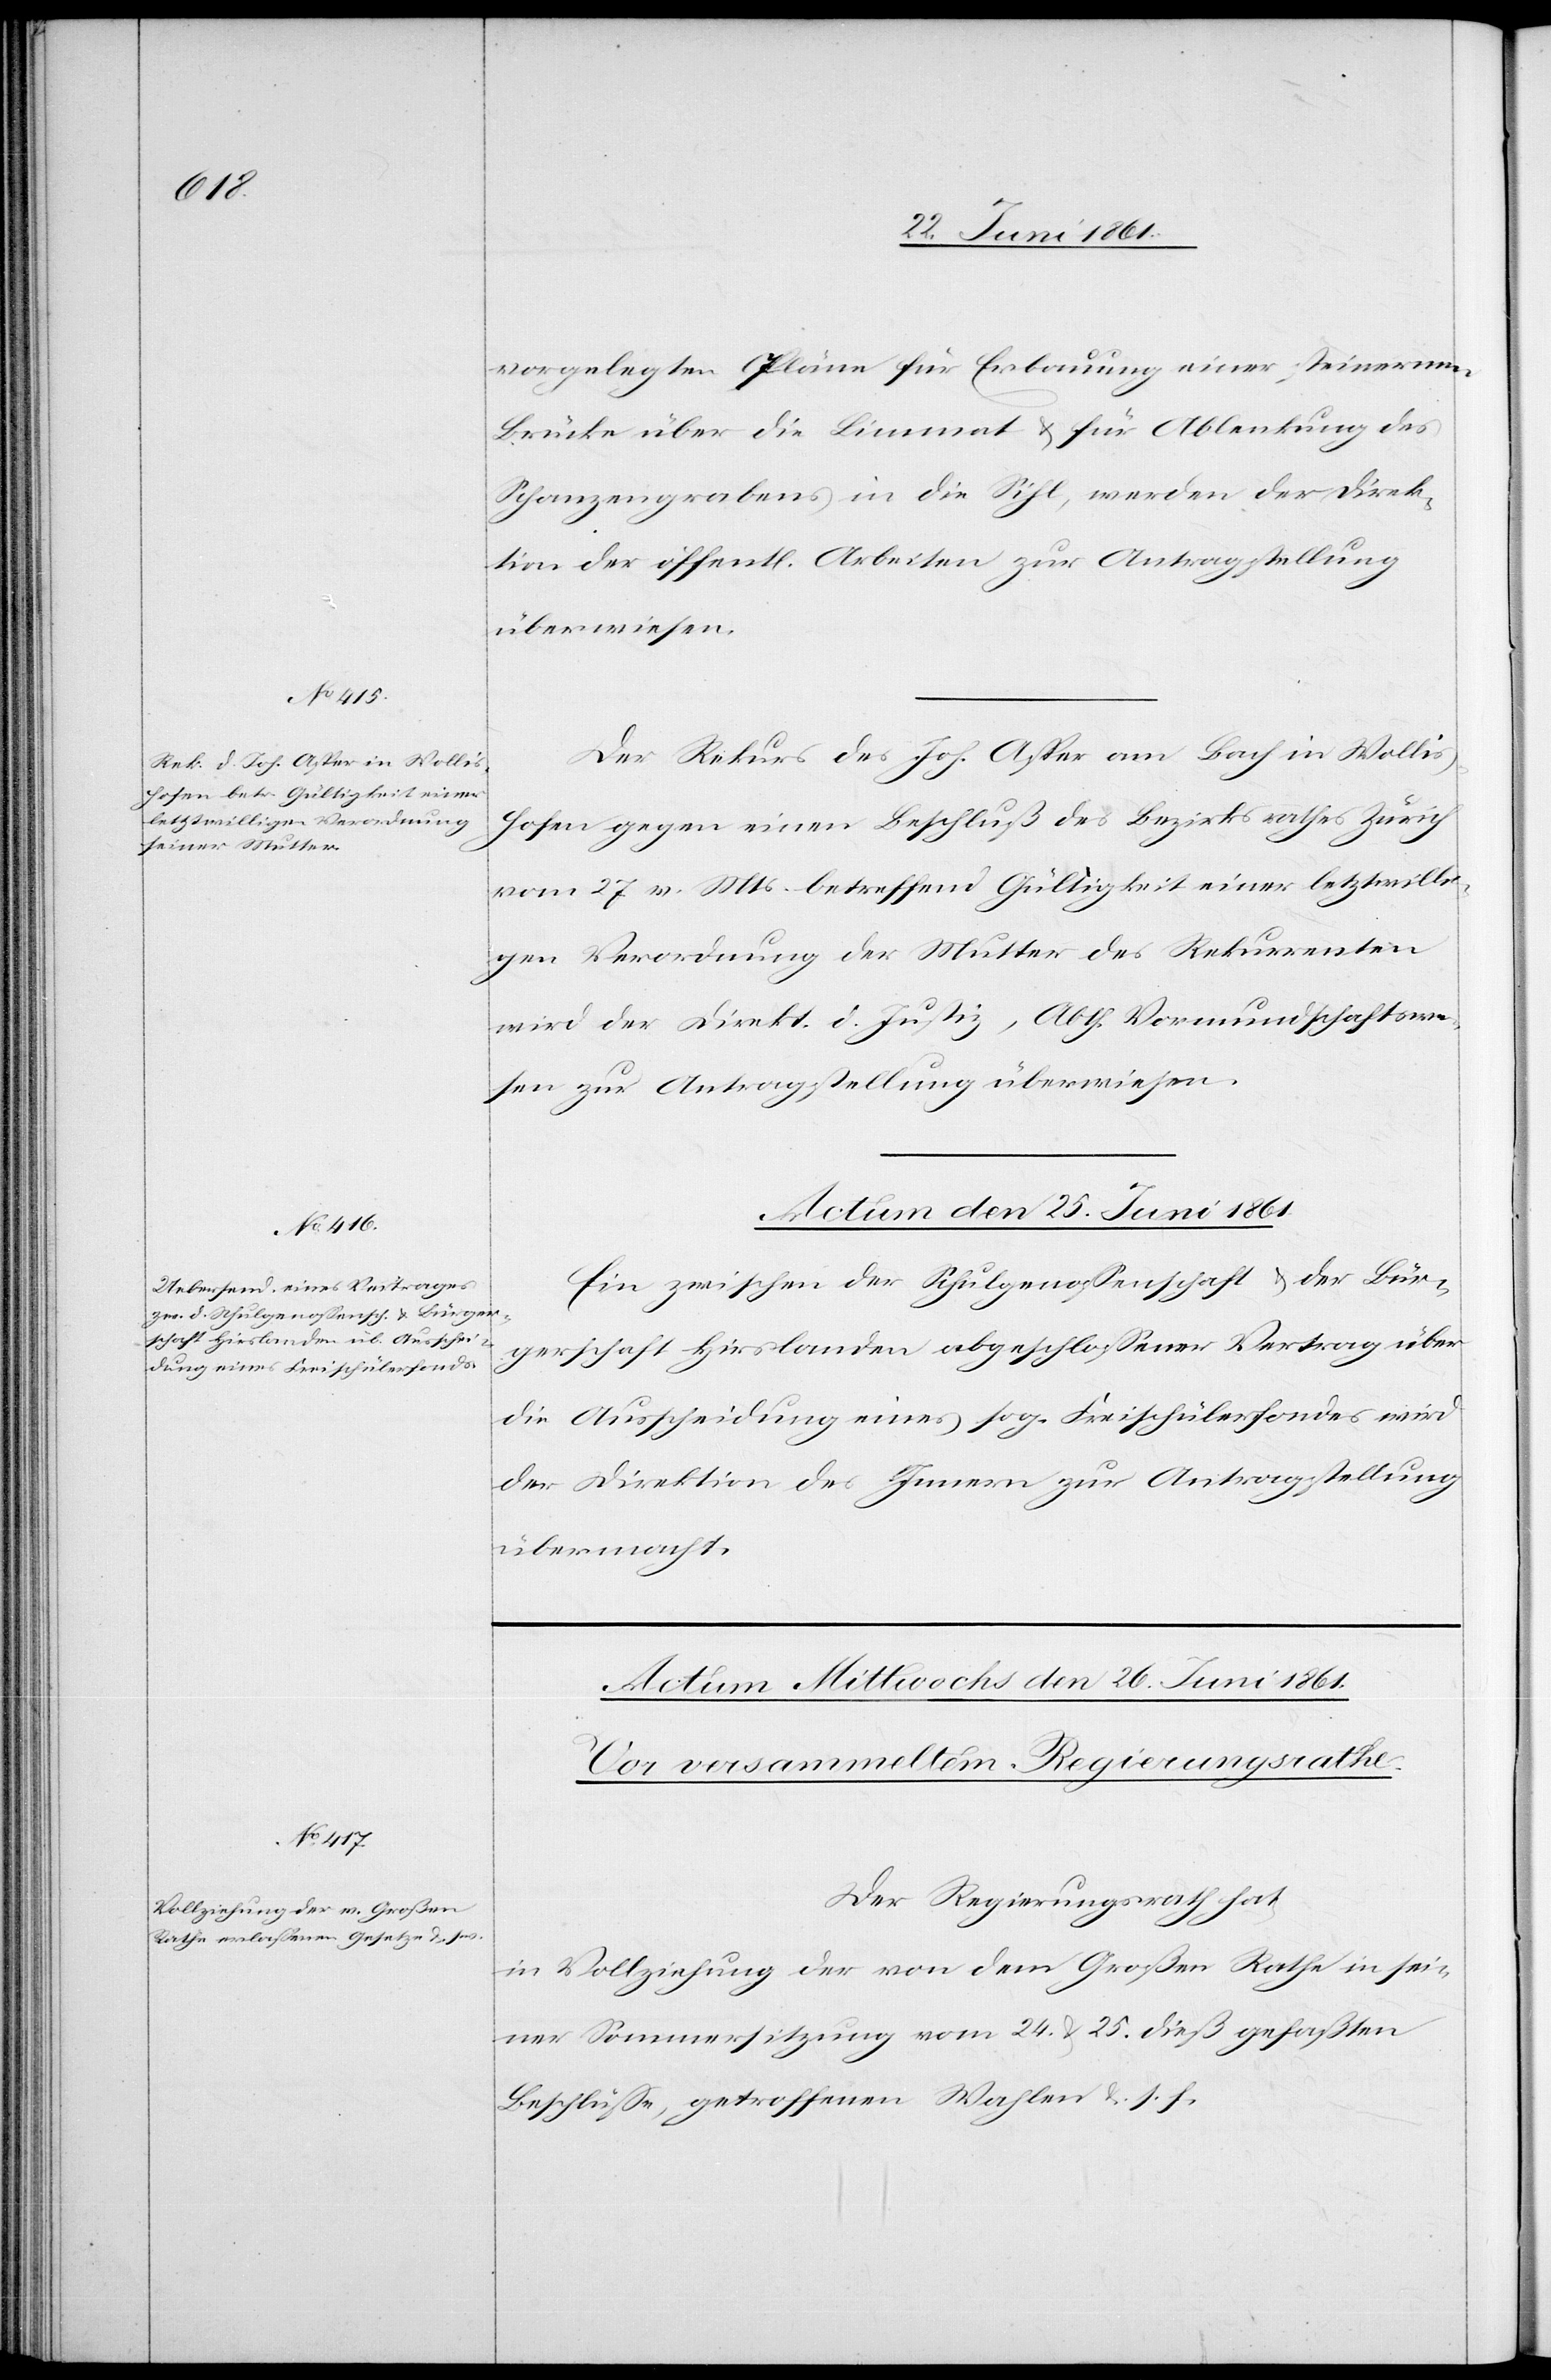
vorgelegten Pläne für Erbauung einer steinernen
Brücke über die Limmat u. für Ablenkung des
Schanzengrabens in die Sihl, werden der Direk¬
tion der öffent[lichen] Arbeiten zur Antragstellung
überwiesen.
Der Rekurs des Joh. Asper am Bach in Wollis¬
hofen gegen einen Beschluß des Bezirksrathes Zürich
vom 27. v. Mts. betreffend Gültigkeit einer letztwilli¬
gen Verordnung der Mutter des Rekurrenten
wird der Direkt. d. Justiz, Abth. Vormundschaftswe¬
sen zur Antragstellung überwiesen.
Actum den 25. Juni 1861.
Ein zwischen der Schulgenossenschaft u. der Bür¬
gerschaft Hirslanden abgeschlossener Vertrag über
die Ausscheidung eines sog. Freischülerfondes wird
der Direktion des Innern zur Antragstellung
übermacht.
Der Regierungsrath hat,
in Vollziehung der von dem Großen Rathe in sei¬
ner Sommersitzung vom 24. u. 25. dieß gefaßten
Beschlüsse, getroffenen Wahlen u. s. f.